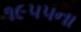
૧૯૫૫ના